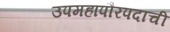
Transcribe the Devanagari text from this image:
उपमहापौरपदाची